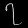
Digit: ၇